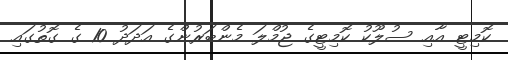
ކޮމިޓީ އާއި ސުލޫކު ކޮމިޓީގެ ޖުމްލަ މެންބަރުންގެ އަދަދު 10 ގެ ގޮތުގައި